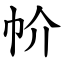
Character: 㠹